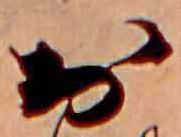
お